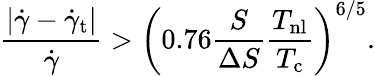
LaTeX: \frac{\left|\dot{\gamma}-\dot{\gamma}_{\mathrm{t}}\right|}{\dot{\gamma}}>\left(0.76\frac{S}{\Delta S}\frac{T_{\mathrm{nl}}}{T_{\mathrm{c}}}\right)^{6/5}\mathrm{.}